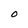
Character: O